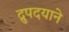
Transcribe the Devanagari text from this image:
द्रुपदयाने